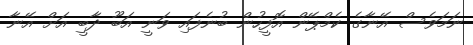
ނަމަވެސް އޭނާގެ ކެމްޕޭން އޮފީހުން ބުނެފައި ވަނީ އަބޫ ދާބީ އަށް އޭނާ